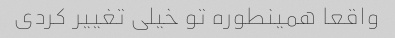
واقعا همینطوره تو خیلی تغییر کردی